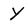
Character: Y